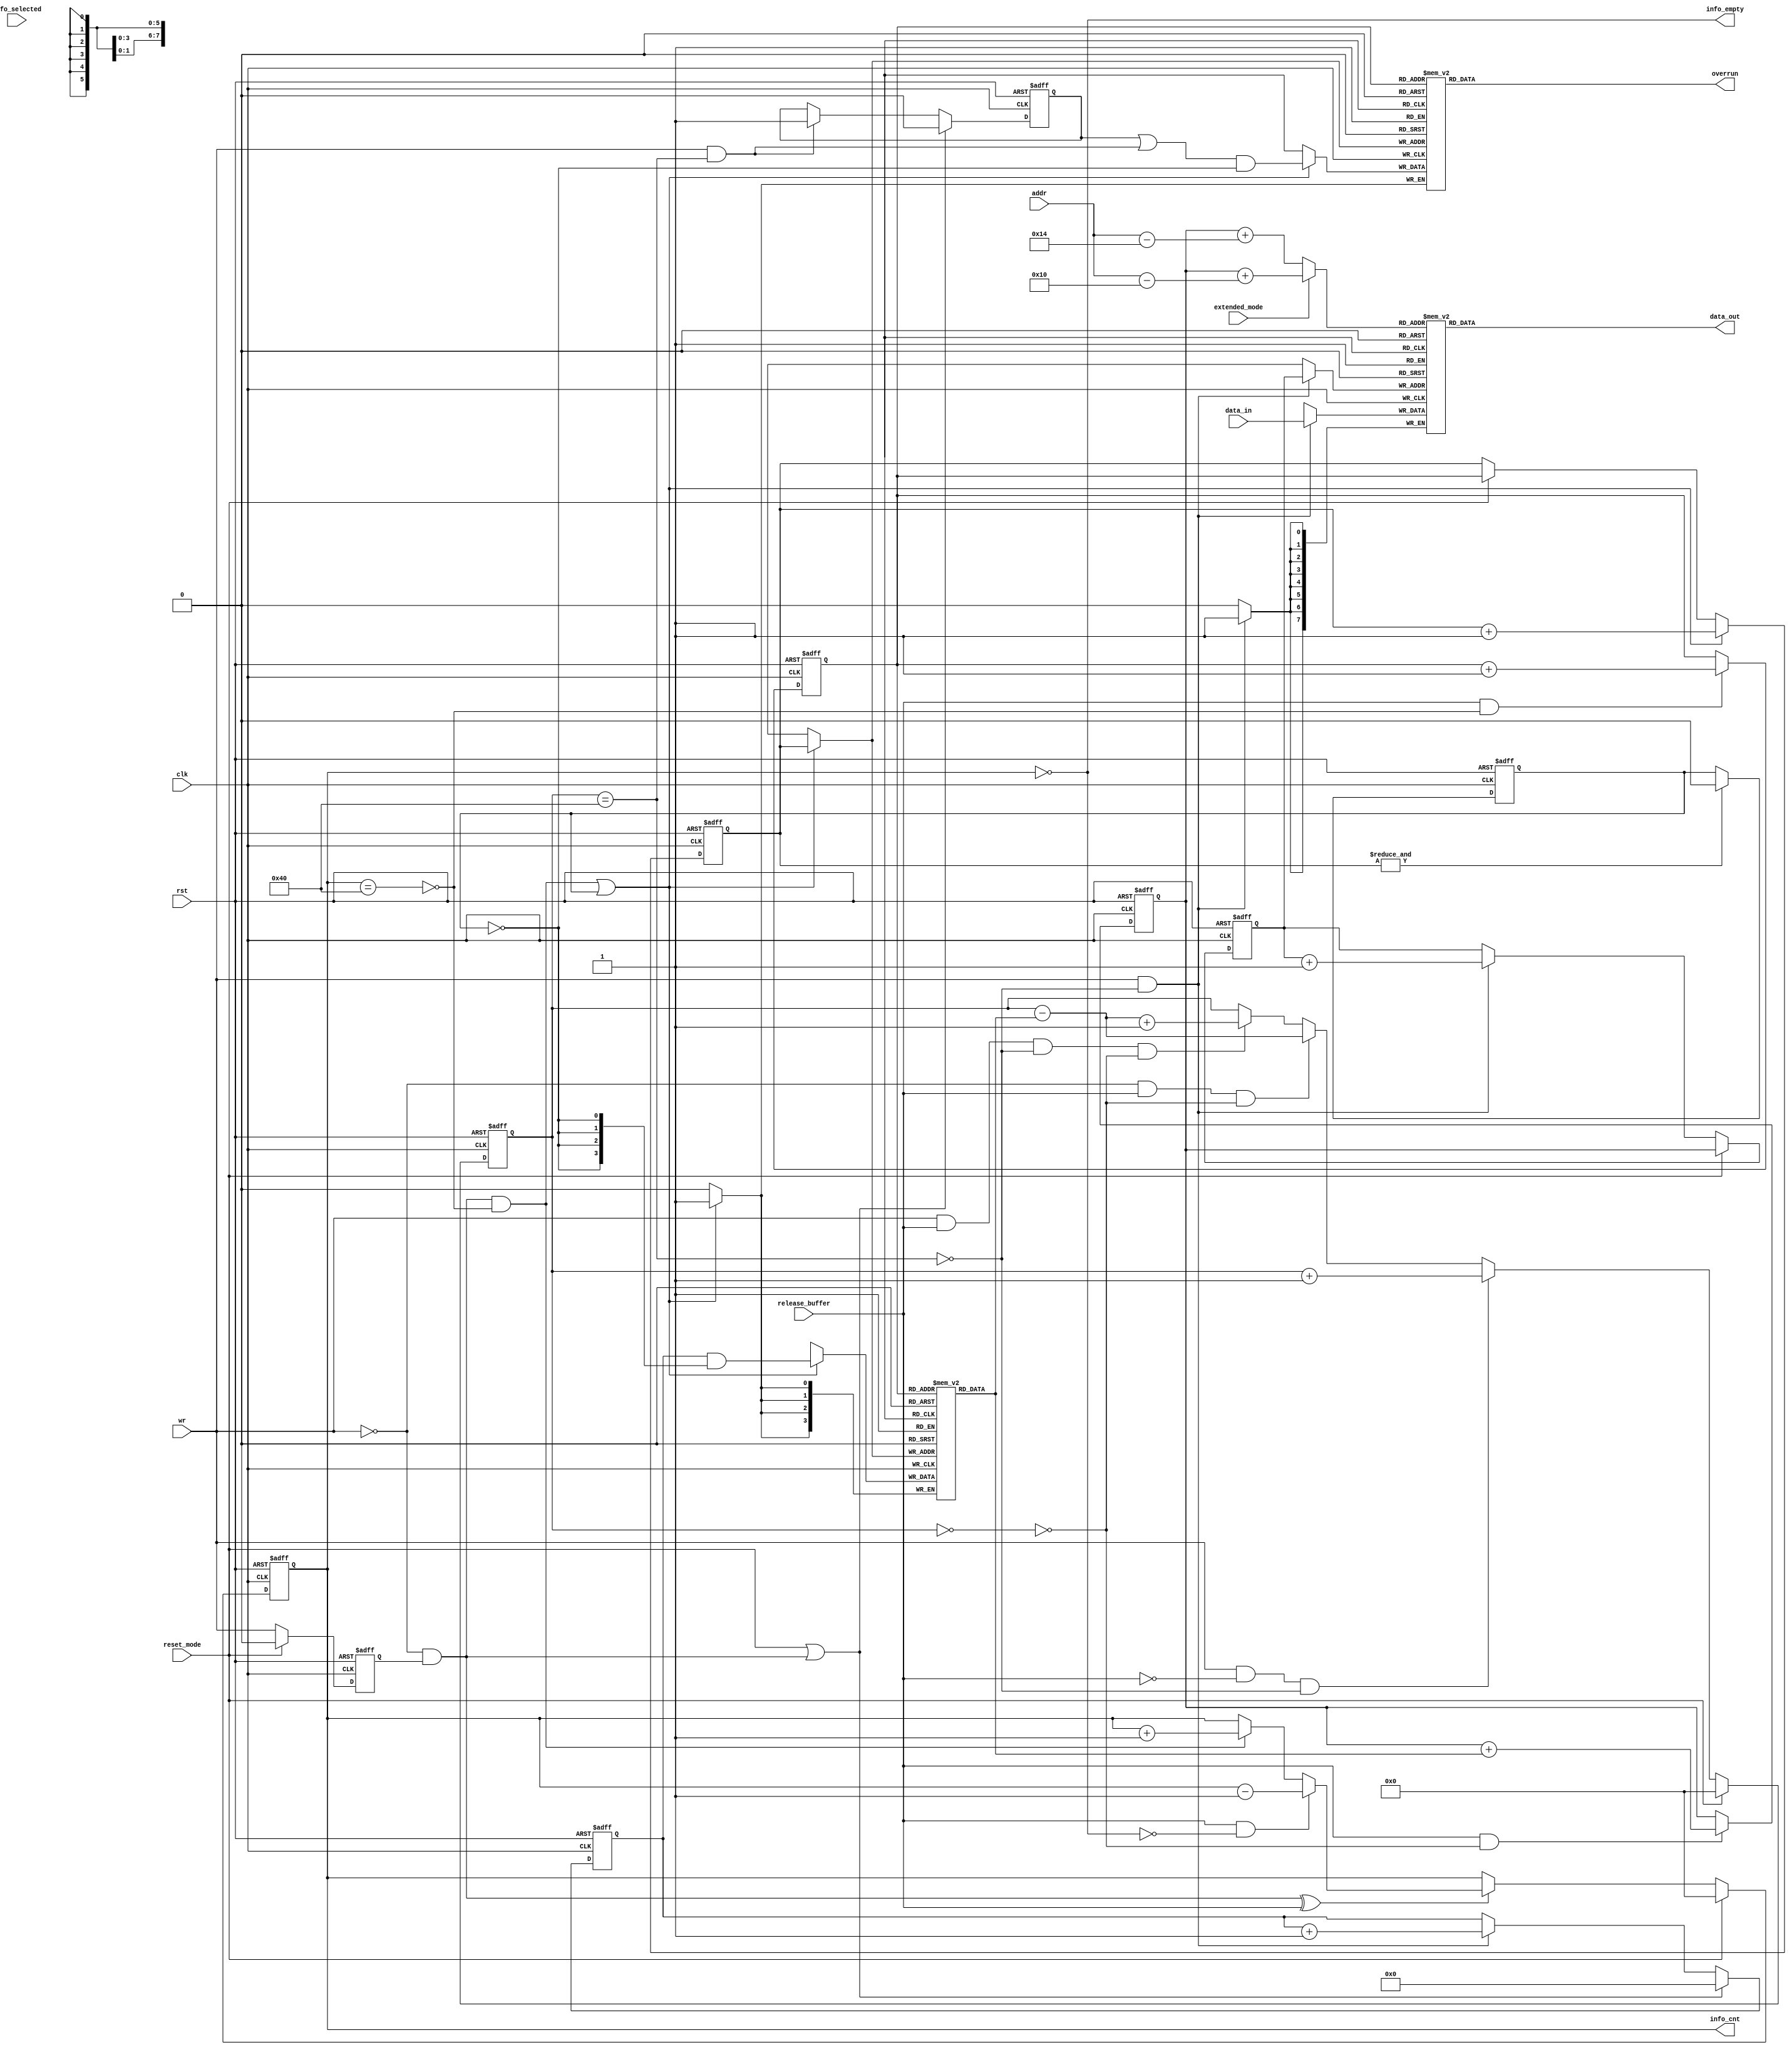
module can_fifo(
	input wire clk,
	input wire rst,
	input wire wr,
	input wire [7:0] data_in,
	input wire [5:0] addr,
	output wire [7:0] data_out,
	input wire fifo_selected,

	input wire reset_mode,
	input wire release_buffer,
	input wire extended_mode,
	output wire overrun,
	output wire info_empty,
	output reg [6:0] info_cnt

	`ifdef CAN_BIST
	,
	input wire mbist_si_i,
	output wire mbist_so_o,
	input wire [`CAN_MBIST_CTRL_WIDTH - 1:0] mbist_ctrl_i // bist chain shift control
	`endif
	);

	parameter Tp = 1;

	`ifdef CAN_BIST
	wire          mbist_s_0;
	`endif

	`ifdef ALTERA_RAM
	`else
	`ifdef ACTEL_APA_RAM
	`else
	`ifdef XILINX_RAM
	`else
	`ifdef ARTISAN_RAM
	 reg           overrun_info[0:63];
	`else
	`ifdef VIRTUALSILICON_RAM
	 reg           overrun_info[0:63];
	`else
	 reg     [7:0] fifo [0:63];
	 reg     [3:0] length_fifo[0:63];
	 reg           overrun_info[0:63];
	`endif
	`endif
	`endif
	`endif
	`endif

	reg     [5:0] rd_pointer;
	reg     [5:0] wr_pointer;
	reg     [5:0] read_address;
	reg     [5:0] wr_info_pointer;
	reg     [5:0] rd_info_pointer;
	reg           wr_q;
	reg     [3:0] len_cnt;
	reg     [6:0] fifo_cnt;
	reg           latch_overrun;
	reg           initialize_memories;

	wire    [3:0] length_info;
	wire          write_length_info;
	wire          fifo_empty;
	wire          fifo_full;
	wire          info_full;

	assign write_length_info = (~wr) & wr_q;

	// Delayed write signal
	always @(posedge clk or posedge rst) begin
		if(rst) begin
			wr_q <=#Tp 1'b0;
		end else if(reset_mode) begin
			wr_q <=#Tp 1'b0;
		end else begin
			wr_q <=#Tp wr;
		end
	end

	// length counter
	always @(posedge clk or posedge rst) begin
		if(rst) begin
			len_cnt <= 4'h0;
		end else if(reset_mode | write_length_info) begin
			len_cnt <=#Tp 4'h0;
		end else if(wr & (~fifo_full)) begin
			len_cnt <=#Tp len_cnt + 1'b1;
		end
	end

	// wr_info_pointer
	always @(posedge clk or posedge rst) begin
		if(rst) begin
			wr_info_pointer <= 6'h0;
		end else if(write_length_info & (~info_full) | initialize_memories) begin
			wr_info_pointer <=#Tp wr_info_pointer + 1'b1;
		end else if(reset_mode) begin
			wr_info_pointer <=#Tp rd_info_pointer;
		end
	end

	// rd_info_pointer
	always @(posedge clk or posedge rst) begin
		if(rst) begin
			rd_info_pointer <= 6'h0;
		end else if(release_buffer & (~info_full)) begin
			rd_info_pointer <=#Tp rd_info_pointer + 1'b1;
		end
	end

	// rd_pointer
	always @(posedge clk or posedge rst) begin
		if(rst) begin
			rd_pointer <= 5'h0;
		end else if(release_buffer & (~fifo_empty)) begin
			rd_pointer <=#Tp rd_pointer + {2'h0, length_info};
		end
	end

	// wr_pointer
	always @(posedge clk or posedge rst) begin
		if(rst) begin
			wr_pointer <= 5'h0;
		end else if(reset_mode) begin
			wr_pointer <=#Tp rd_pointer;
		end else if(wr & (~fifo_full)) begin
			wr_pointer <=#Tp wr_pointer + 1'b1;
		end
	end

	// latch_overrun
	always @(posedge clk or posedge rst) begin
		if(rst) begin
			latch_overrun <= 1'b0;
		end else if(reset_mode | write_length_info) begin
			latch_overrun <=#Tp 1'b0;
		end else if(wr & fifo_full) begin
			latch_overrun <=#Tp 1'b1;
		end
	end

	// Counting data in fifo
	always @(posedge clk or posedge rst) begin
		if(rst) begin
			fifo_cnt <= 7'h0;
		end else if(reset_mode) begin
			fifo_cnt <=#Tp 7'h0;
		end else if(wr & (~release_buffer) & (~fifo_full)) begin
			fifo_cnt <=#Tp fifo_cnt + 1'b1;
		end else if((~wr) & release_buffer & (~fifo_empty)) begin
			fifo_cnt <=#Tp fifo_cnt - {3'h0, length_info};
		end else if(wr & release_buffer & (~fifo_full) & (~fifo_empty)) begin
			fifo_cnt <=#Tp fifo_cnt - {3'h0, length_info} + 1'b1;
		end
	end

	assign fifo_full = fifo_cnt == 7'd64;
	assign fifo_empty = fifo_cnt == 7'd0;

	// Counting data in length_fifo and overrun_info fifo
	always @(posedge clk or posedge rst) begin
		if(rst) begin
			info_cnt <=#Tp 7'h0;
		end else if(reset_mode) begin
			info_cnt <=#Tp 7'h0;
		end else if(write_length_info ^ release_buffer) begin
			if(release_buffer & (~info_empty)) begin
				info_cnt <=#Tp info_cnt - 1'b1;
			end else if(write_length_info & (~info_full)) begin
				info_cnt <=#Tp info_cnt + 1'b1;
			end
		end
	end

	assign info_full = info_cnt == 7'd64;
	assign info_empty = info_cnt == 7'd0;

	// Selecting which address will be used for reading data from rx fifo
	always @(extended_mode or rd_pointer or addr) begin
		if(extended_mode) begin
			// extended mode
			read_address = rd_pointer + (addr - 6'd16);
		end else begin
			// normal mode
			read_address = rd_pointer + (addr - 6'd20);
		end
	end

	always @(posedge clk or posedge rst) begin
		if(rst) begin
			initialize_memories <= 1'b1;
		end else if(&wr_info_pointer) begin
			initialize_memories <=#Tp 1'b0;
		end
	end

`ifdef ALTERA_RAM
	//  altera_ram_64x8_sync fifo
	lpm_ram_dp fifo
	(
		.q         (data_out),
		.rdclock   (clk),
		.wrclock   (clk),
		.data      (data_in),
		.wren      (wr & (~fifo_full)),
		.rden      (fifo_selected),
		.wraddress (wr_pointer),
		.rdaddress (read_address)
	);
	defparam fifo.lpm_width = 8;
	defparam fifo.lpm_widthad = 6;
	defparam fifo.lpm_numwords = 64;

	//  altera_ram_64x4_sync info_fifo
	lpm_ram_dp info_fifo
	(
		.q         (length_info),
		.rdclock   (clk),
		.wrclock   (clk),
		.data      (len_cnt & {4{~initialize_memories}}),
		.wren      (write_length_info & (~info_full) | initialize_memories),
		.wraddress (wr_info_pointer),
		.rdaddress (rd_info_pointer)
	);
	defparam info_fifo.lpm_width = 4;
	defparam info_fifo.lpm_widthad = 6;
	defparam info_fifo.lpm_numwords = 64;

	//  altera_ram_64x1_sync overrun_fifo
	lpm_ram_dp overrun_fifo
	(
		.q         (overrun),
		.rdclock   (clk),
		.wrclock   (clk),
		.data      ((latch_overrun | (wr & fifo_full)) & (~initialize_memories)),
		.wren      (write_length_info & (~info_full) | initialize_memories),
		.wraddress (wr_info_pointer),
		.rdaddress (rd_info_pointer)
	);
	defparam overrun_fifo.lpm_width = 1;
	defparam overrun_fifo.lpm_widthad = 6;
	defparam overrun_fifo.lpm_numwords = 64;

`else
`ifdef ACTEL_APA_RAM
	actel_ram_64x8_sync fifo
	(
		.DO      (data_out),
		.RCLOCK  (clk),
		.WCLOCK  (clk),
		.DI      (data_in),
		.PO      (),                       // parity not used
		.WRB     (~(wr & (~fifo_full))),
		.RDB     (~fifo_selected),
		.WADDR   (wr_pointer),
		.RADDR   (read_address)
	);

	actel_ram_64x4_sync info_fifo
	(
		.DO      (length_info),
		.RCLOCK  (clk),
		.WCLOCK  (clk),
		.DI      (len_cnt & {4{~initialize_memories}}),
		.PO      (),                       // parity not used
		.WRB     (~(write_length_info & (~info_full) | initialize_memories)),
		.RDB     (1'b0),                   // always enabled
		.WADDR   (wr_info_pointer),
		.RADDR   (rd_info_pointer)
	);

	actel_ram_64x1_sync overrun_fifo
	(
		.DO      (overrun),
		.RCLOCK  (clk),
		.WCLOCK  (clk),
		.DI      ((latch_overrun | (wr & fifo_full)) & (~initialize_memories)),
		.PO      (),                       // parity not used
		.WRB     (~(write_length_info & (~info_full) | initialize_memories)),
		.RDB     (1'b0),                   // always enabled
		.WADDR   (wr_info_pointer),
		.RADDR   (rd_info_pointer)
	);
`else
`ifdef XILINX_RAM

	RAMB4_S8_S8 fifo
	(
		.DOA(),
		.DOB(data_out),
		.ADDRA({3'h0, wr_pointer}),
		.CLKA(clk),
		.DIA(data_in),
		.ENA(1'b1),
		.RSTA(1'b0),
		.WEA(wr & (~fifo_full)),
		.ADDRB({3'h0, read_address}),
		.CLKB(clk),
		.DIB(8'h0),
		.ENB(1'b1),
		.RSTB(1'b0),
		.WEB(1'b0)
	);

	RAMB4_S4_S4 info_fifo
	(
		.DOA(),
		.DOB(length_info),
		.ADDRA({4'h0, wr_info_pointer}),
		.CLKA(clk),
		.DIA(len_cnt & {4{~initialize_memories}}),
		.ENA(1'b1),
		.RSTA(1'b0),
		.WEA(write_length_info & (~info_full) | initialize_memories),
		.ADDRB({4'h0, rd_info_pointer}),
		.CLKB(clk),
		.DIB(4'h0),
		.ENB(1'b1),
		.RSTB(1'b0),
		.WEB(1'b0)
	);

	RAMB4_S1_S1 overrun_fifo
	(
		.DOA(),
		.DOB(overrun),
		.ADDRA({6'h0, wr_info_pointer}),
		.CLKA(clk),
		.DIA((latch_overrun | (wr & fifo_full)) & (~initialize_memories)),
		.ENA(1'b1),
		.RSTA(1'b0),
		.WEA(write_length_info & (~info_full) | initialize_memories),
		.ADDRB({6'h0, rd_info_pointer}),
		.CLKB(clk),
		.DIB(1'h0),
		.ENB(1'b1),
		.RSTB(1'b0),
		.WEB(1'b0)
	);

`else
`ifdef VIRTUALSILICON_RAM

`ifdef CAN_BIST
	vs_hdtp_64x8_bist
`else
	vs_hdtp_64x8
`endif
	fifo
	(
		.RCK        (clk),
		.WCK        (clk),
		.RADR       (read_address),
		.WADR       (wr_pointer),
		.DI         (data_in),
		.DOUT       (data_out),
		.REN        (~fifo_selected),
		.WEN        (~(wr & (~fifo_full)))
	`ifdef CAN_BIST
		,
		.mbist_si_i   (mbist_si_i),
		.mbist_so_o   (mbist_s_0),
		.mbist_ctrl_i   (mbist_ctrl_i)
	`endif
	);

`ifdef CAN_BIST
	vs_hdtp_64x4_bist
`else
	vs_hdtp_64x4
`endif
	info_fifo
	(
		.RCK        (clk),
		.WCK        (clk),
		.RADR       (rd_info_pointer),
		.WADR       (wr_info_pointer),
		.DI         (len_cnt & {4{~initialize_memories}}),
		.DOUT       (length_info),
		.REN        (1'b0),
		.WEN        (~(write_length_info & (~info_full) | initialize_memories))
	`ifdef CAN_BIST
		,
		.mbist_si_i   (mbist_s_0),
		.mbist_so_o   (mbist_so_o),
		.mbist_ctrl_i   (mbist_ctrl_i)
	`endif
	);

	// overrun_info
	always @(posedge clk) begin
		if(write_length_info & (~info_full) | initialize_memories) begin
			overrun_info[wr_info_pointer] <=#Tp (latch_overrun | (wr & fifo_full)) & (~initialize_memories);
		end
	end

	// reading overrun
	assign overrun = overrun_info[rd_info_pointer];

`else
`ifdef ARTISAN_RAM

`ifdef CAN_BIST
	art_hstp_64x8_bist fifo
	(
		.CLKR       (clk),
		.CLKW       (clk),
		.AR         (read_address),
		.AW         (wr_pointer),
		.D          (data_in),
		.Q          (data_out),
		.REN        (~fifo_selected),
		.WEN        (~(wr & (~fifo_full))),
		.mbist_si_i   (mbist_si_i),
		.mbist_so_o   (mbist_s_0),
		.mbist_ctrl_i   (mbist_ctrl_i)
	);
	art_hstp_64x4_bist info_fifo
	(
		.CLKR       (clk),
		.CLKW       (clk),
		.AR         (rd_info_pointer),
		.AW         (wr_info_pointer),
		.D          (len_cnt & {4{~initialize_memories}}),
		.Q          (length_info),
		.REN        (1'b0),
		.WEN        (~(write_length_info & (~info_full) | initialize_memories)),
		.mbist_si_i   (mbist_s_0),
		.mbist_so_o   (mbist_so_o),
		.mbist_ctrl_i   (mbist_ctrl_i)
	);
`else
	art_hsdp_64x8 fifo
	(
		.CENA       (1'b0),
		.CENB       (1'b0),
		.CLKA       (clk),
		.CLKB       (clk),
		.AA         (read_address),
		.AB         (wr_pointer),
		.DA         (8'h00),
		.DB         (data_in),
		.QA         (data_out),
		.QB         (),
		.OENA       (~fifo_selected),
		.OENB       (1'b1),
		.WENA       (1'b1),
		.WENB       (~(wr & (~fifo_full)))
	);
	art_hsdp_64x4 info_fifo
	(
		.CENA       (1'b0),
		.CENB       (1'b0),
		.CLKA       (clk),
		.CLKB       (clk),
		.AA         (rd_info_pointer),
		.AB         (wr_info_pointer),
		.DA         (4'h0),
		.DB         (len_cnt & {4{~initialize_memories}}),
		.QA         (length_info),
		.QB         (),
		.OENA       (1'b0),
		.OENB       (1'b1),
		.WENA       (1'b1),
		.WENB       (~(write_length_info & (~info_full) | initialize_memories))
	);
`endif

	// overrun_info
	always @(posedge clk) begin
		if(write_length_info & (~info_full) | initialize_memories) begin
			overrun_info[wr_info_pointer] <=#Tp (latch_overrun | (wr & fifo_full)) & (~initialize_memories);
		end
	end

	// reading overrun
	assign overrun = overrun_info[rd_info_pointer];

`else
	// writing data to fifo
	always @(posedge clk) begin
		if(wr & (~fifo_full)) begin
			fifo[wr_pointer] <=#Tp data_in;
		end
	end

	// reading from fifo
	assign data_out = fifo[read_address];

	// writing length_fifo
	always @(posedge clk) begin
		if(write_length_info & (~info_full) | initialize_memories) begin
			length_fifo[wr_info_pointer] <=#Tp len_cnt & {4{~initialize_memories}};
		end
	end

	// reading length_fifo
	assign length_info = length_fifo[rd_info_pointer];

	// overrun_info
	always @(posedge clk) begin
		if(write_length_info & (~info_full) | initialize_memories) begin
			overrun_info[wr_info_pointer] <=#Tp (latch_overrun | (wr & fifo_full)) & (~initialize_memories);
		end
	end

	// reading overrun
	assign overrun = overrun_info[rd_info_pointer];

`endif
`endif
`endif
`endif
`endif

endmodule